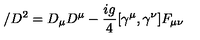
\slash { D } ^ { 2 } = D _ { \mu } D ^ { \mu } - \frac { i g } { 4 } [ \gamma ^ { \mu } , \gamma ^ { \nu } ] F _ { \mu \nu }